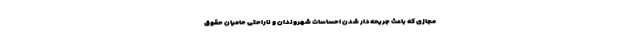
مجازی که باعث جریحه‌دار شدن احساسات شهروندان و ناراحتی حامیان حقوق